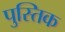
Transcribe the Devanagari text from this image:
पुस्तिक